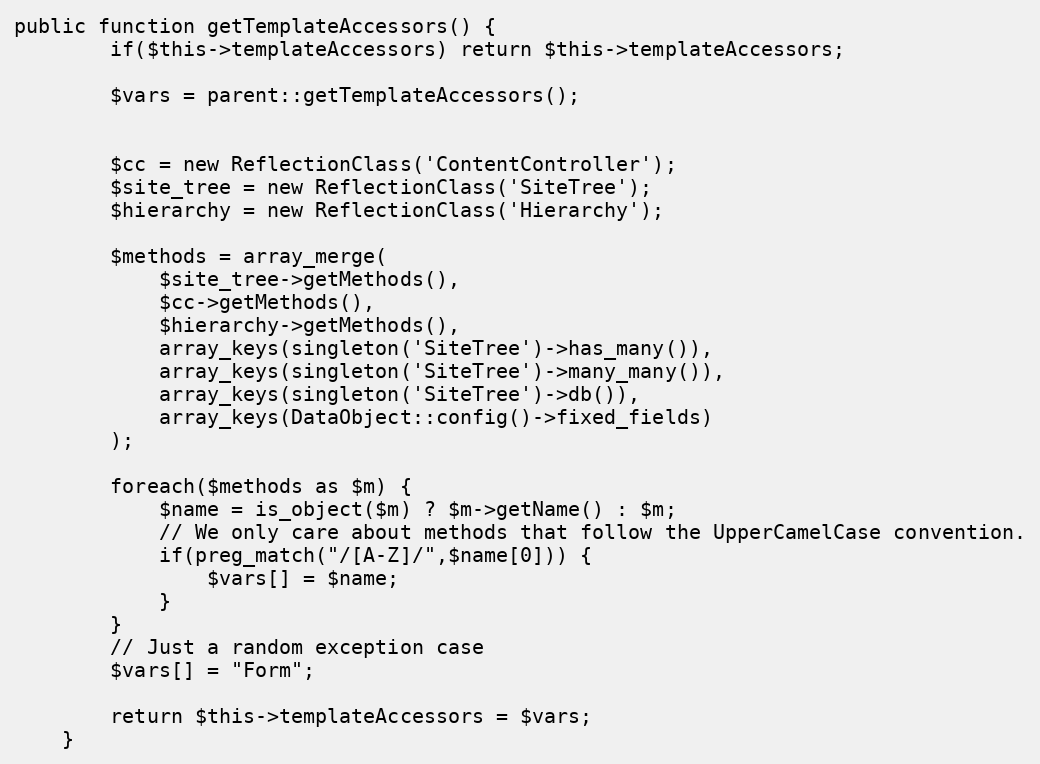
Language: PHP
public function getTemplateAccessors() {
		if($this->templateAccessors) return $this->templateAccessors;

		$vars = parent::getTemplateAccessors();

		$cc = new ReflectionClass('ContentController');
		$site_tree = new ReflectionClass('SiteTree');
		$hierarchy = new ReflectionClass('Hierarchy');

		$methods = array_merge(
			$site_tree->getMethods(),
			$cc->getMethods(),
			$hierarchy->getMethods(),
			array_keys(singleton('SiteTree')->has_many()),
			array_keys(singleton('SiteTree')->many_many()),
			array_keys(singleton('SiteTree')->db()),
			array_keys(DataObject::config()->fixed_fields)
		);

		foreach($methods as $m) {
			$name = is_object($m) ? $m->getName() : $m;
			// We only care about methods that follow the UpperCamelCase convention.
			if(preg_match("/[A-Z]/",$name[0])) {
				$vars[] = $name;
			}
		}
		// Just a random exception case
		$vars[] = "Form";

		return $this->templateAccessors = $vars;
	}